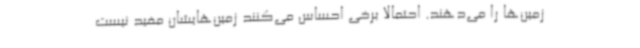
زمین‌ها را می‌دهند. احتمالا برخی احساس می‌کنند زمین‌هایشان مفید نیست